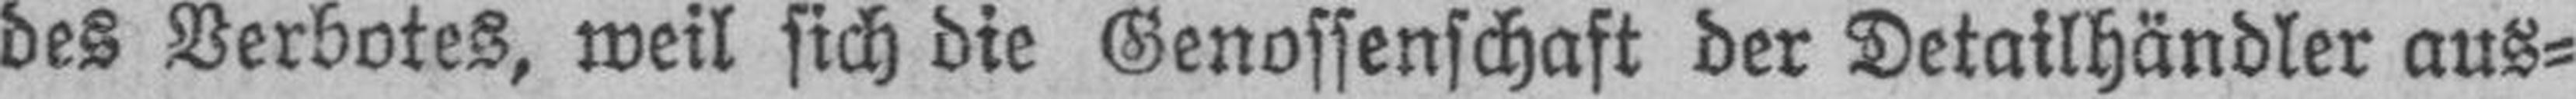
des Verbotes, weil sich die Genossenschaft der Detailhändler aus¬